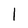
Character: I